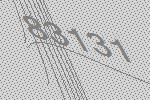
83131